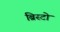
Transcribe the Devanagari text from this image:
ब्रिस्टो